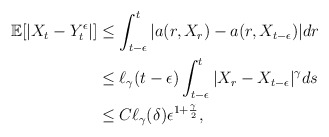
\begin{align*}\begin{aligned}\mathbb{E}[|X_t-Y_t^\epsilon|]&\leq\int_{t-\epsilon}^t |a(r,X_r)-a(r,X_{t-\epsilon})|dr\\&\leq \ell_\gamma(t-\epsilon)\int_{t-\epsilon}^t |X_r-X_{t-\epsilon}|^\gamma ds\\&\leq C\ell_\gamma(\delta)\epsilon^{1+\frac{\gamma}{2}},\end{aligned}\end{align*}